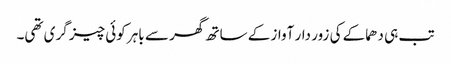
تب ہی دھماکے کی زور دار آواز کے ساتھ گھر سے باہر کوئی چیز گری تھی۔